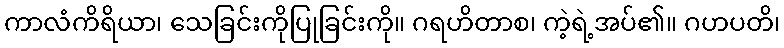
ကာလံကိရိယာ၊ သေခြင်းကိုပြုခြင်းကို။ ဂရဟိတာစ၊ ကဲ့ရဲ့အပ်၏။ ဂဟပတိ၊